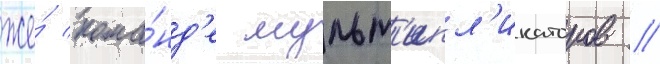
же́ кома́нд'е мульт'ипл'икаторов //